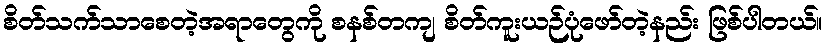
စိတ်သက်သာစေတဲ့အရာတွေကို စနစ်တကျ စိတ်ကူးယဉ်ပုံဖော်တဲ့နည်း ဖြစ်ပါတယ်။